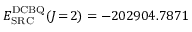
E _ { \mathrm { S R C } } ^ { \mathrm { D C B Q } } ( J \! = \! 2 ) = - 2 0 2 9 0 4 . 7 8 7 1